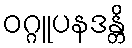
ဝဂ္ဂူပနဒန္တိ